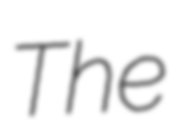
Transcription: The